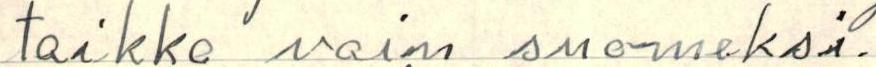
taikka vain suomeksi.